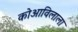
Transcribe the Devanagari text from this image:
कोआविलाला